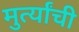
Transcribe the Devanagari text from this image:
मुर्त्यांची